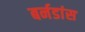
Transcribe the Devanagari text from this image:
बर्नडांस